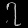
Digit: ၇